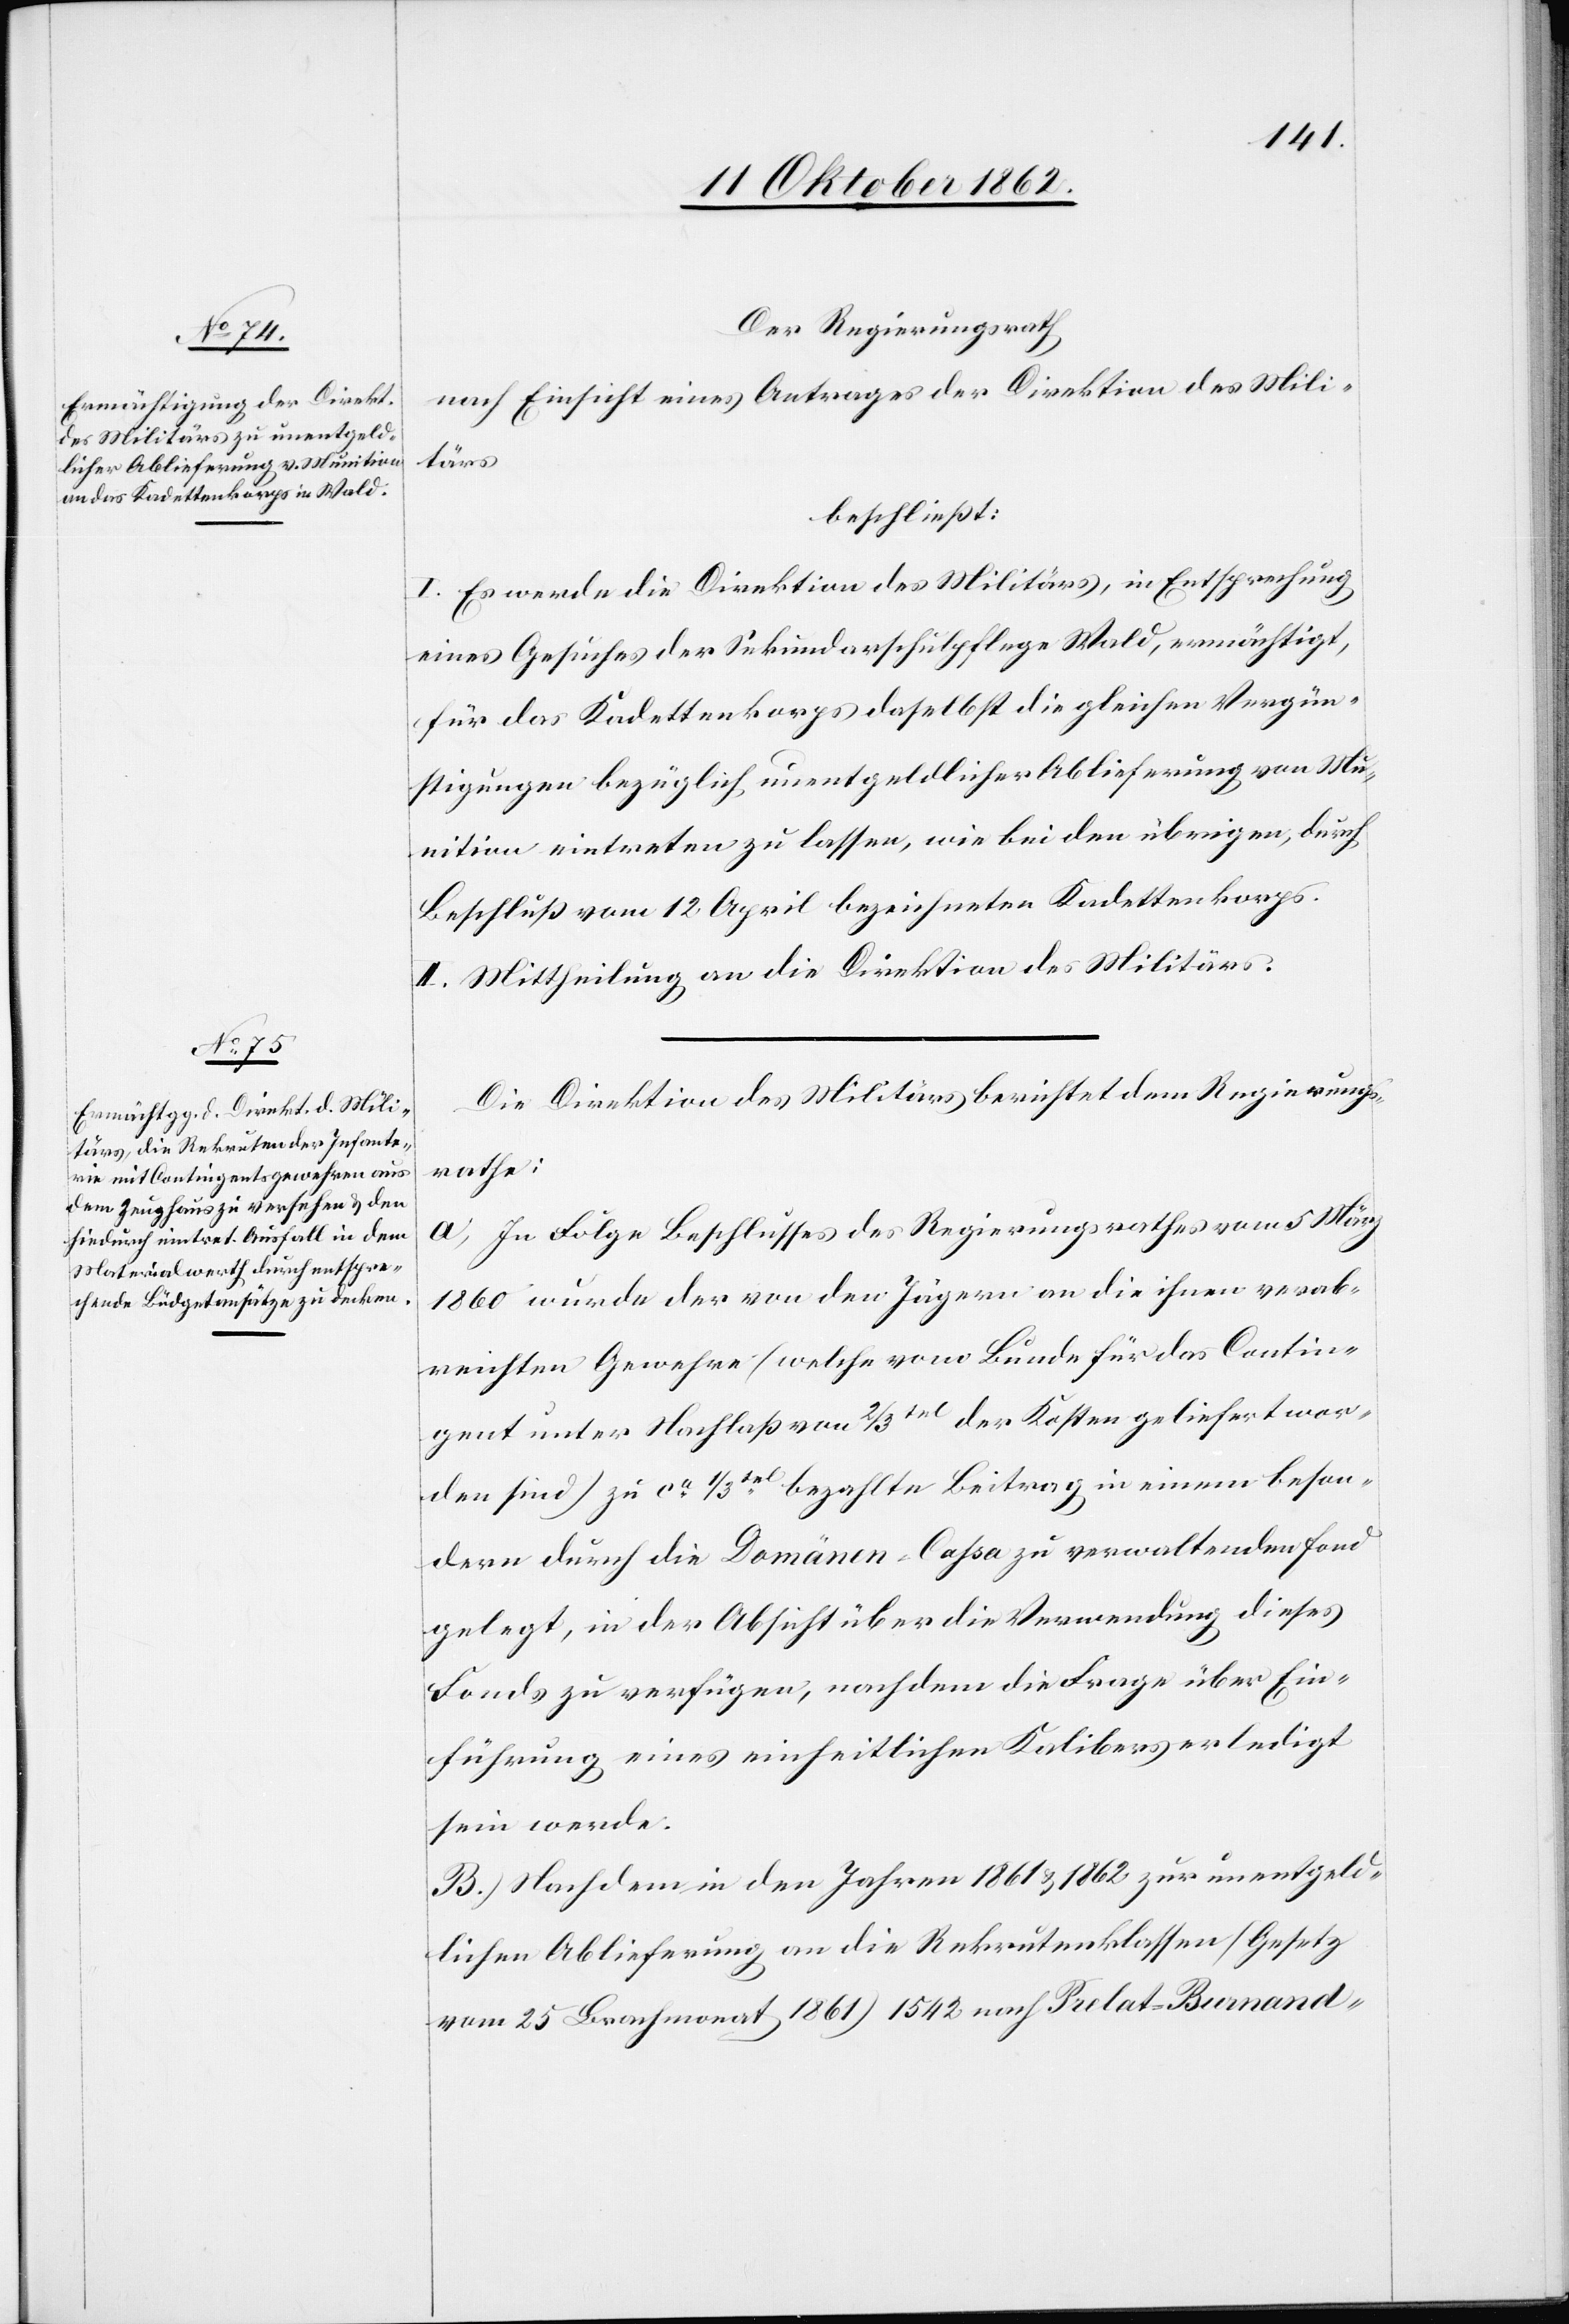
Der Regierungsrath
nach Einsicht eines Antrages der Direktion des Mili¬
tärs
beschließt:
I. Es werde die Direktion des Militärs, in Entsprechung
eines Gesuches der Sekundarschulpflege Wald, ermächtigt,
für das Kadettenkorps daselbst die gleichen Vergün¬
stigungen bezüglich unentgeldlicher Ablieferung von Mu¬
nition eintreten zu lassen, wie beiden übrigen, durch
Beschluß vom 12. April bezeichneten Kadettenkorps.
II. Mittheilung an die Direktion des Militärs.
Die Direktion des Militärs berichtet dem Regierungs¬
rathe
A) In Folge Beschluß des Regierungsrathes vom 5. März
1860 wurde der von den Jägern an die ihnen verab¬
reichten Gewehre (welche vom Bunde für das Contin¬
gent unter Nachlaß von 2/3tel der Kosten geliefert wor¬
den sind) zu ca 1/3tel bezahlte Beitrag in einem beson¬
dern durch die Domänen-Cassa zu verwaltenden Fond
gelegt, in der Absicht über die Verwendung dieses
Fonds zu verfügen, nach dem die Frage über Ein¬
führung eines einheitlichen Kalibers erledigt
sein werde.
B.) Nachdem in den Jahren 1861 u. 1862 zur unentgeld¬
lichen Ablieferung an die Rekrutenklassen (Gesetz
vom 25. Brachmonat 1861) 1542 nach Prelat-Burnand-